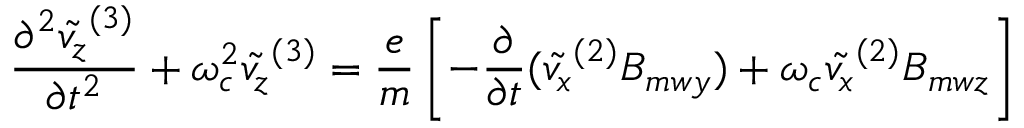
\frac { \partial ^ { 2 } \tilde { v _ { z } } ^ { ( 3 ) } } { \partial t ^ { 2 } } + \omega _ { c } ^ { 2 } \tilde { v _ { z } } ^ { ( 3 ) } = \frac { e } { m } \left[ - \frac { \partial } { \partial t } ( \tilde { v _ { x } } ^ { ( 2 ) } B _ { m w y } ) + \omega _ { c } \tilde { v _ { x } } ^ { ( 2 ) } B _ { m w z } \right]